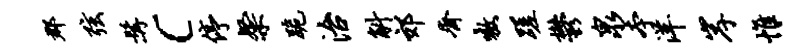
郡弦髯c停粲跪治斛郊齐嗷蹉郁泉本洋岸帷